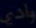
وادی